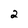
Character: 2